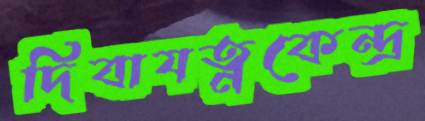
দিবাযত্নকেন্দ্র